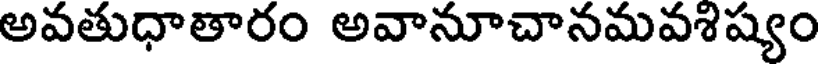
అవతుధాతారం అవానూచానమవశిష్యం